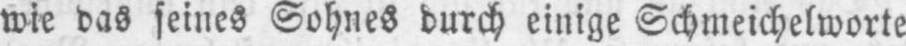
wie das seines Sohnes durch einige Schmeichelworte